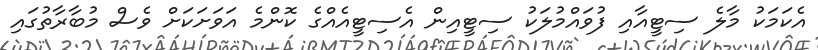
އެކަމަކު މާލެ ސިޓީއާއި ފުވައްމުލަކު ސިޓީއިން އެސިޓީއެއްގެ ކޮންމެ އަވަށަކަށް ވެސް މުބާރާތުގައި